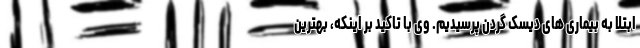
ابتلا به بیماری های دیسک گردن پرسیدیم. وی با تاکید بر اینکه، بهترین